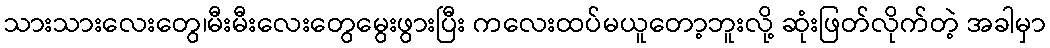
သားသားလေးတွေ၊မီးမီးလေးတွေမွေးဖွားပြီး ကလေးထပ်မယူတော့ဘူးလို့ ဆုံးဖြတ်လိုက်တဲ့ အခါမှာ